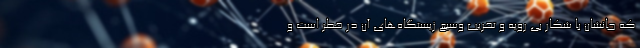
که جانشان با شکار بی رویه و تخریب وسیع زیستگاه‌های آن در خطر است و